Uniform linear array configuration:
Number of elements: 32
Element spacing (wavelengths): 0.25
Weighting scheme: cosine
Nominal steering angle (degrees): -45
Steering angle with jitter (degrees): -46.439
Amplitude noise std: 0.05
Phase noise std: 0.05

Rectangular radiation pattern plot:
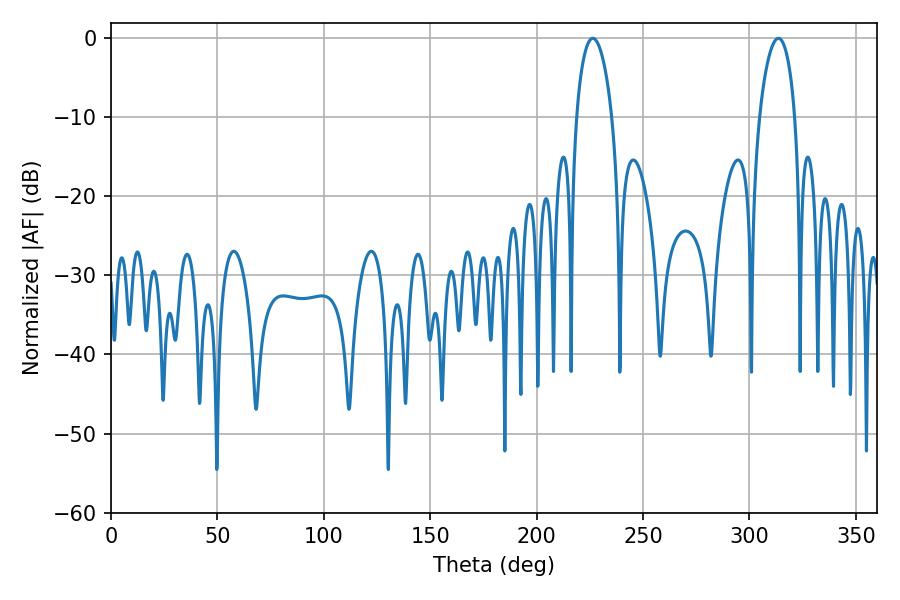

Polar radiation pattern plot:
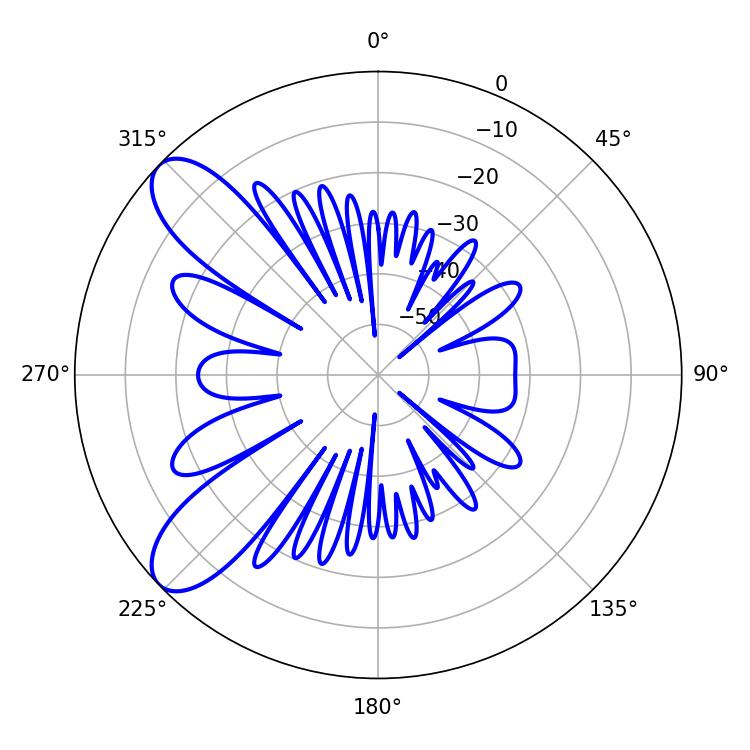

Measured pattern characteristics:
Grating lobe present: FALSE
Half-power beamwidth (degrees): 9.54
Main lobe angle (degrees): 226.44